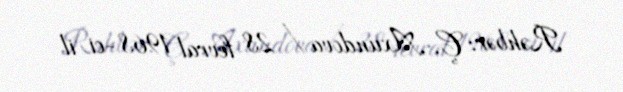
Rəhbər: Ç. Axundova / 28 fevral 1968-ci il